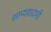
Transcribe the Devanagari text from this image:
साम्यवादाशी